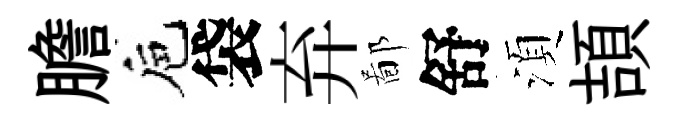
膽巵袋弃鄙舒湏頡